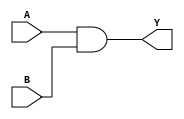
module simple_comb_logic (
    input wire A,   // Input signal A
    input wire B,   // Input signal B
    output wire Y   // Output signal Y
);

// Continuous assignment using the assign statement
assign Y = A & B;  // Y is the logical AND of A and B

endmodule